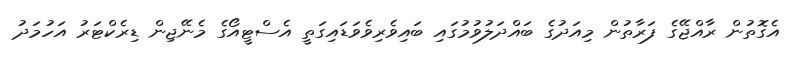
އެގޮތުން ރާއްޖޭގެ ފަރާތުން މިއަދުގެ ބައްދަލުވުމުގައި ބައިވެރިވެވަޑައިގަތީ އެސްޓީއޯގެ މެނޭޖިން ޑިރެކްޓަރު އަހުމަދު